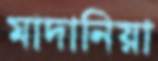
মাদানিয়া